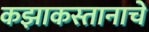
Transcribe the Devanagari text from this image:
कझाकस्तानाचे